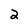
Character: 2